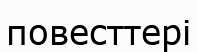
повесттері